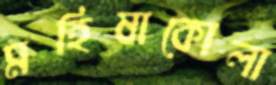
মহিষাকোলা